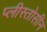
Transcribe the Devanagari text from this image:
प्लीस्तोसीन